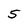
Character: 5